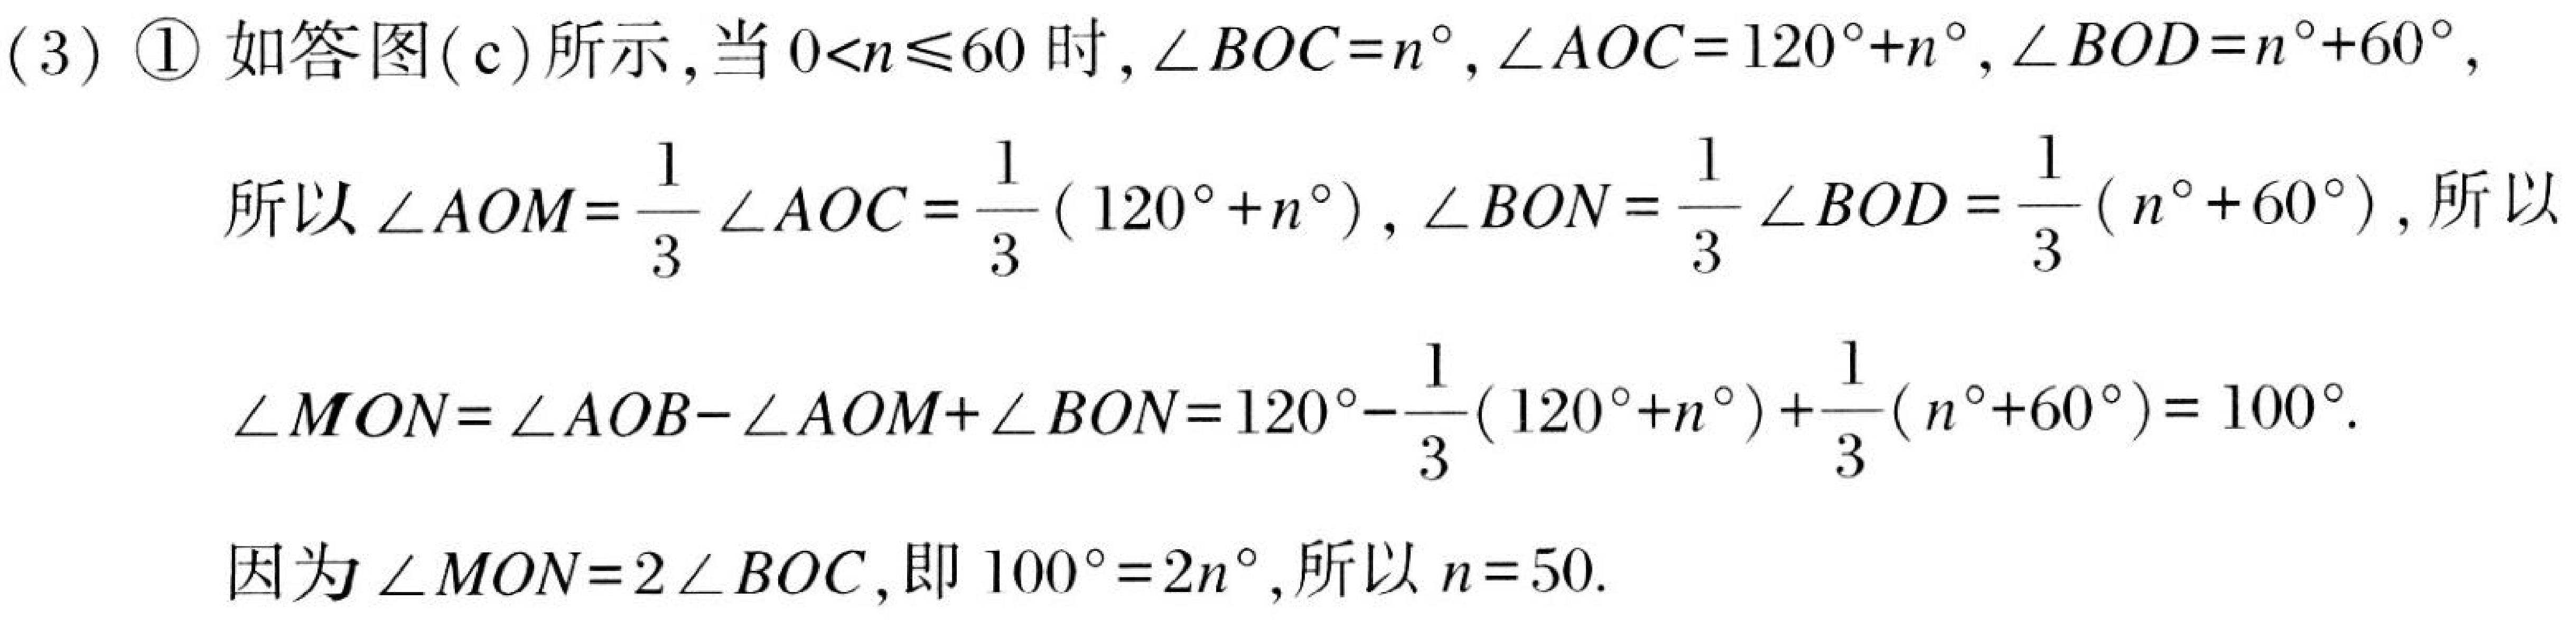
(3) \textcircled{1} 如答图(c)所示,当\(0 < n\leqslant60\)时,\(\angle BOC = n^{\circ},\angle AOC = 120^{\circ}+n^{\circ},\angle BOD = n^{\circ}+60^{\circ},\)
所以\(\angle AOM=\frac{1}{3}\angle AOC=\frac{1}{3}(120^{\circ}+n^{\circ}),\angle BON = \frac{1}{3}\angle BOD=\frac{1}{3}(n^{\circ}+60^{\circ}),\)所以
\(\angle MON=\angle AOB - \angle AOM+\angle BON=120^{\circ}-\frac{1}{3}(120^{\circ}+n^{\circ})+\frac{1}{3}(n^{\circ}+60^{\circ}) = 100^{\circ}.\)
因为\(\angle MON = 2\angle BOC\),即\(100^{\circ}=2n^{\circ},\)所以\(n = 50.\)